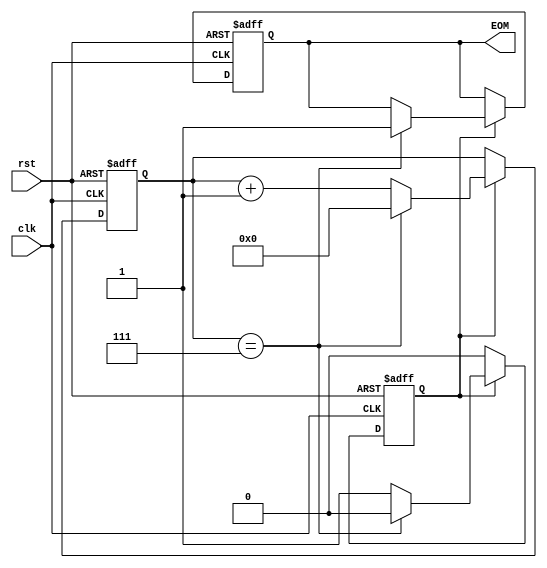
`timescale 1ns / 1ps
//////////////////////////////////////////////////////////////////////////////////
// Company: 
// Engineer: 
// 
// Design Name: 
// Module Name: controlUnit
// Project Name: 
// Target Devices: 
// Tool Versions: 
// Description: 
// 
// Dependencies: 
// 
// Revision:
// Revision 0.01 - File Created
// Additional Comments:
// 
//////////////////////////////////////////////////////////////////////////////////


module controlUnit(
input clk, rst, output reg EOM
    );
    reg [3:0] count;
    reg en;
    
    initial begin
     EOM = 1'b0;
     en = 1'b0;
     end
    always @ (posedge clk or posedge rst) begin
   
   
   if (rst)begin
        count <= 0;
        EOM = 1'b0;
        en = 1'b1;
   end
        
    else if (en) begin
    
        if (count == 4'b0111)
        begin
            count <=0;
            en = 1'b0;
            EOM = 1'b1;
        end
        else begin
            count <= count + 1;
        end
    end
   
        
    end
    
endmodule